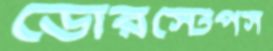
ডোরস্টেপস